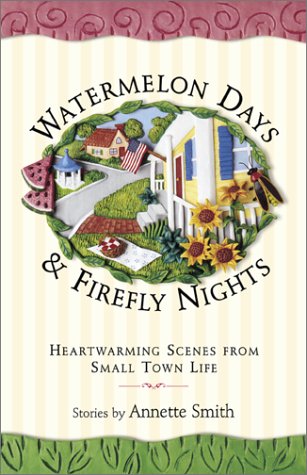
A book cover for Watermelon Days and Firefly Nights: Heartwarming Scence of Small-Town Life; Annette Smith; Christian Books & Bibles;